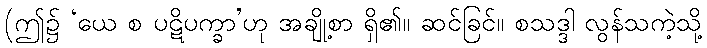
(ဤ၌ ‘ယေ စ ပဋိပက္ခာ’ဟု အချို့စာ ရှိ၏။ ဆင်ခြင်။ စသဒ္ဒါ လွန်သကဲ့သို့